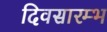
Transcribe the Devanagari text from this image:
दिवसारम्भ